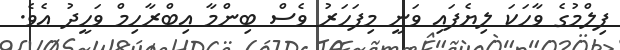
ފިލްމުގެ ވާހަކަ ލިޔެފައި ވަނީ މިފަހަރު ވެސް ބިންމާ އިބްރާހިމް ވަހީދު އެވެ.